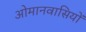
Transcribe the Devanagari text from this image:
ओमानवासियों